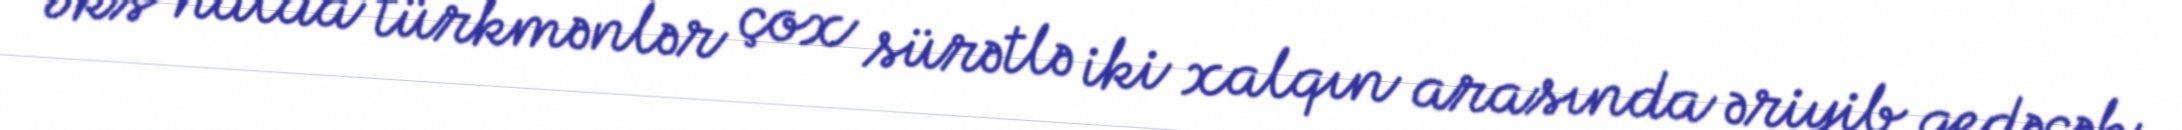
Əks halda türkmənlər çox sürətlə iki xalqın arasında əriyib gedəcək,